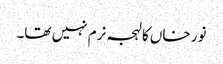
نور خاں کا لہجہ نرم نہیں تھا۔